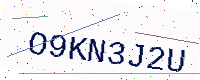
Text: O9KN3J2U